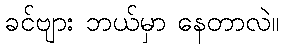
ခင်ဗျား ဘယ်မှာ နေတာလဲ။